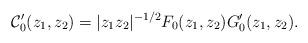
LaTeX: \begin{align*}\mathcal{C}'_0(z_1, z_2) = |z_1z_2|^{-1/2}F_0(z_1, z_2)G'_0(z_1, z_2).\end{align*}